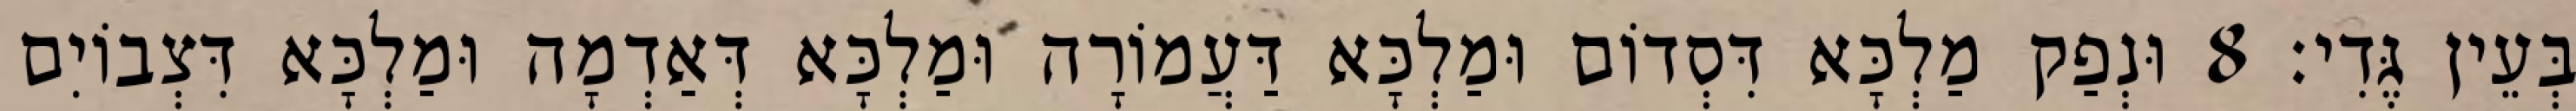
בְּעֵין גֶּדִי׃ 8 וּנְפַק מַלְכָּא דִּסְדוֹם וּמַלְכָּא דַּעֲמוֹרָה וּמַלְכָּא דְּאַדְמָה וּמַלְכָּא דִּצְבוֹיִם